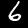
Label: 6